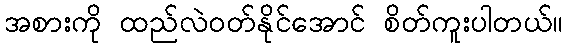
အစားကို ထည်လဲဝတ်နိုင်အောင် စိတ်ကူးပါတယ်။